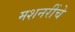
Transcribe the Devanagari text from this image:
मशनरींचे